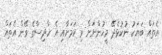
އެތައް ބަޔަކު ނުކުޅެދޭ މީހުންނަށް ވި ކަމަށާއި އެ ހާދިސާގެ ވޭން އެތައް